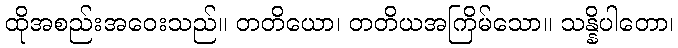
ထိုအစည်းအဝေးသည်။ တတိယော၊ တတိယအကြိမ်သော။ သန္နိပါတော၊